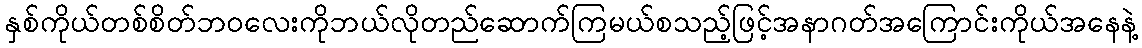
နှစ်ကိုယ်တစ်စိတ်ဘဝလေးကိုဘယ်လိုတည်ဆောက်ကြမယ်စသည့်ဖြင့်အနာဂတ်အကြောင်းကိုယ်အနေနဲ့